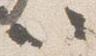
以